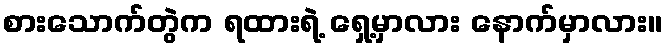
စားသောက်တွဲက ရထားရဲ့ ရှေ့မှာလား နောက်မှာလား။